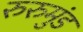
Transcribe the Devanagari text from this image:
रुरुमुंड